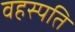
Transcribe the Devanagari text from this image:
वहस्पति